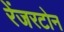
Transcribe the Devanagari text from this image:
रेंजरटोन